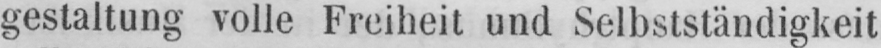
gestaltung volle Freiheit und Selbstständigkeit